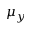
\mu _ { y }